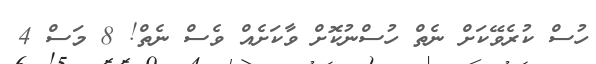
ހުސް ކުރެވޭކަށް ނެތް ހުސްނުކޮށް ވާކަށެއް ވެސް ނެތް! 8 މަސް 4